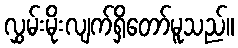
လွှမ်းမိုးလျက်ရှိတော်မူသည်။